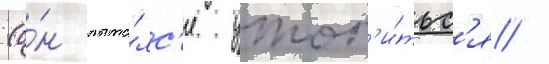
(о́н пыта́лс'я утоп'и́тьс'я /